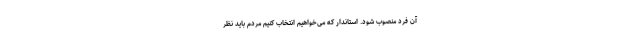
آن فرد منصوب شود. استاندار که می‌خواهیم انتخاب کنیم مردم باید نظر